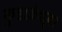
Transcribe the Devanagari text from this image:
कुडाळेश्वर